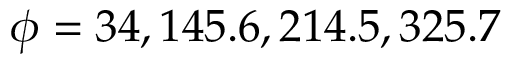
\phi = 3 4 , 1 4 5 . 6 , 2 1 4 . 5 , 3 2 5 . 7